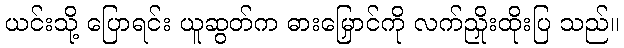
ယင်းသို့ ပြောရင်း ယူဆွတ်က ဓားမြှောင်ကို လက်ညှိုးထိုးပြ သည်။